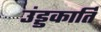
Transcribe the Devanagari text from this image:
उंड्डकार्ति